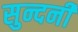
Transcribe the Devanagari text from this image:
सुन्दनी